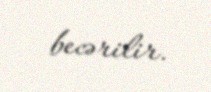
becərilir.